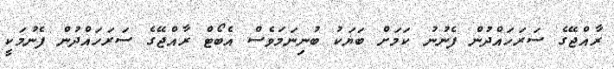
ރާއްޖޭގެ ސަރަހައްދުން ފެނުނު ކަމަށް ބަޔަކު ބުނިނަމަވެސް އެބޯޓް ރާއްޖޭގެ ސަރަހައްދުން ފެނުމަކީ